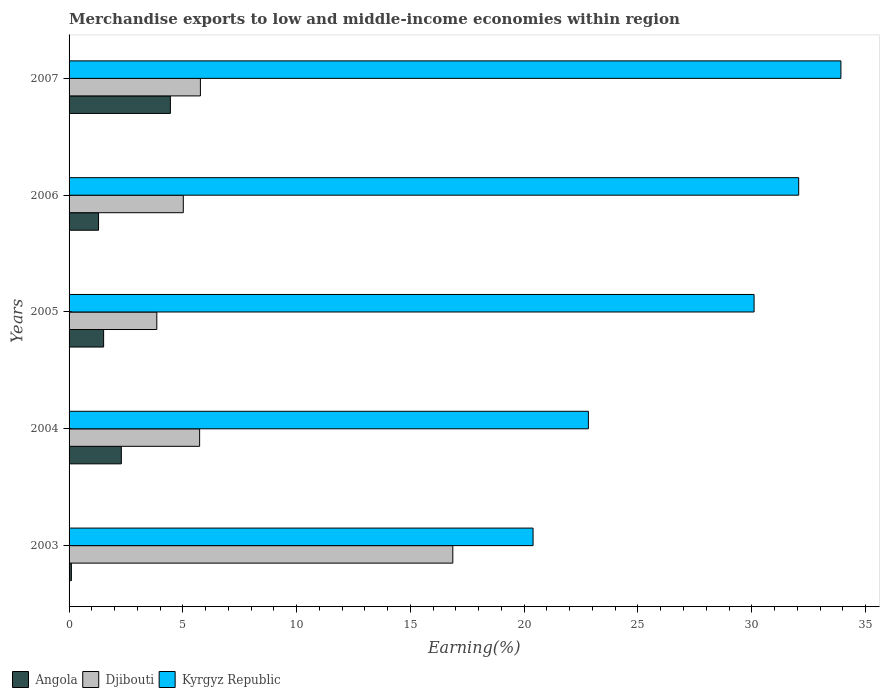
| Years | Angola | Djibouti | Kyrgyz Republic |
 | --- | --- | --- | --- |
 | 2003 | 0.102 | 16.9 | 20.4 |
 | 2004 | 2.3 | 5.74 | 22.8 |
 | 2005 | 1.52 | 3.86 | 30.1 |
 | 2006 | 1.3 | 5.02 | 32.1 |
 | 2007 | 4.45 | 5.77 | 33.9 |